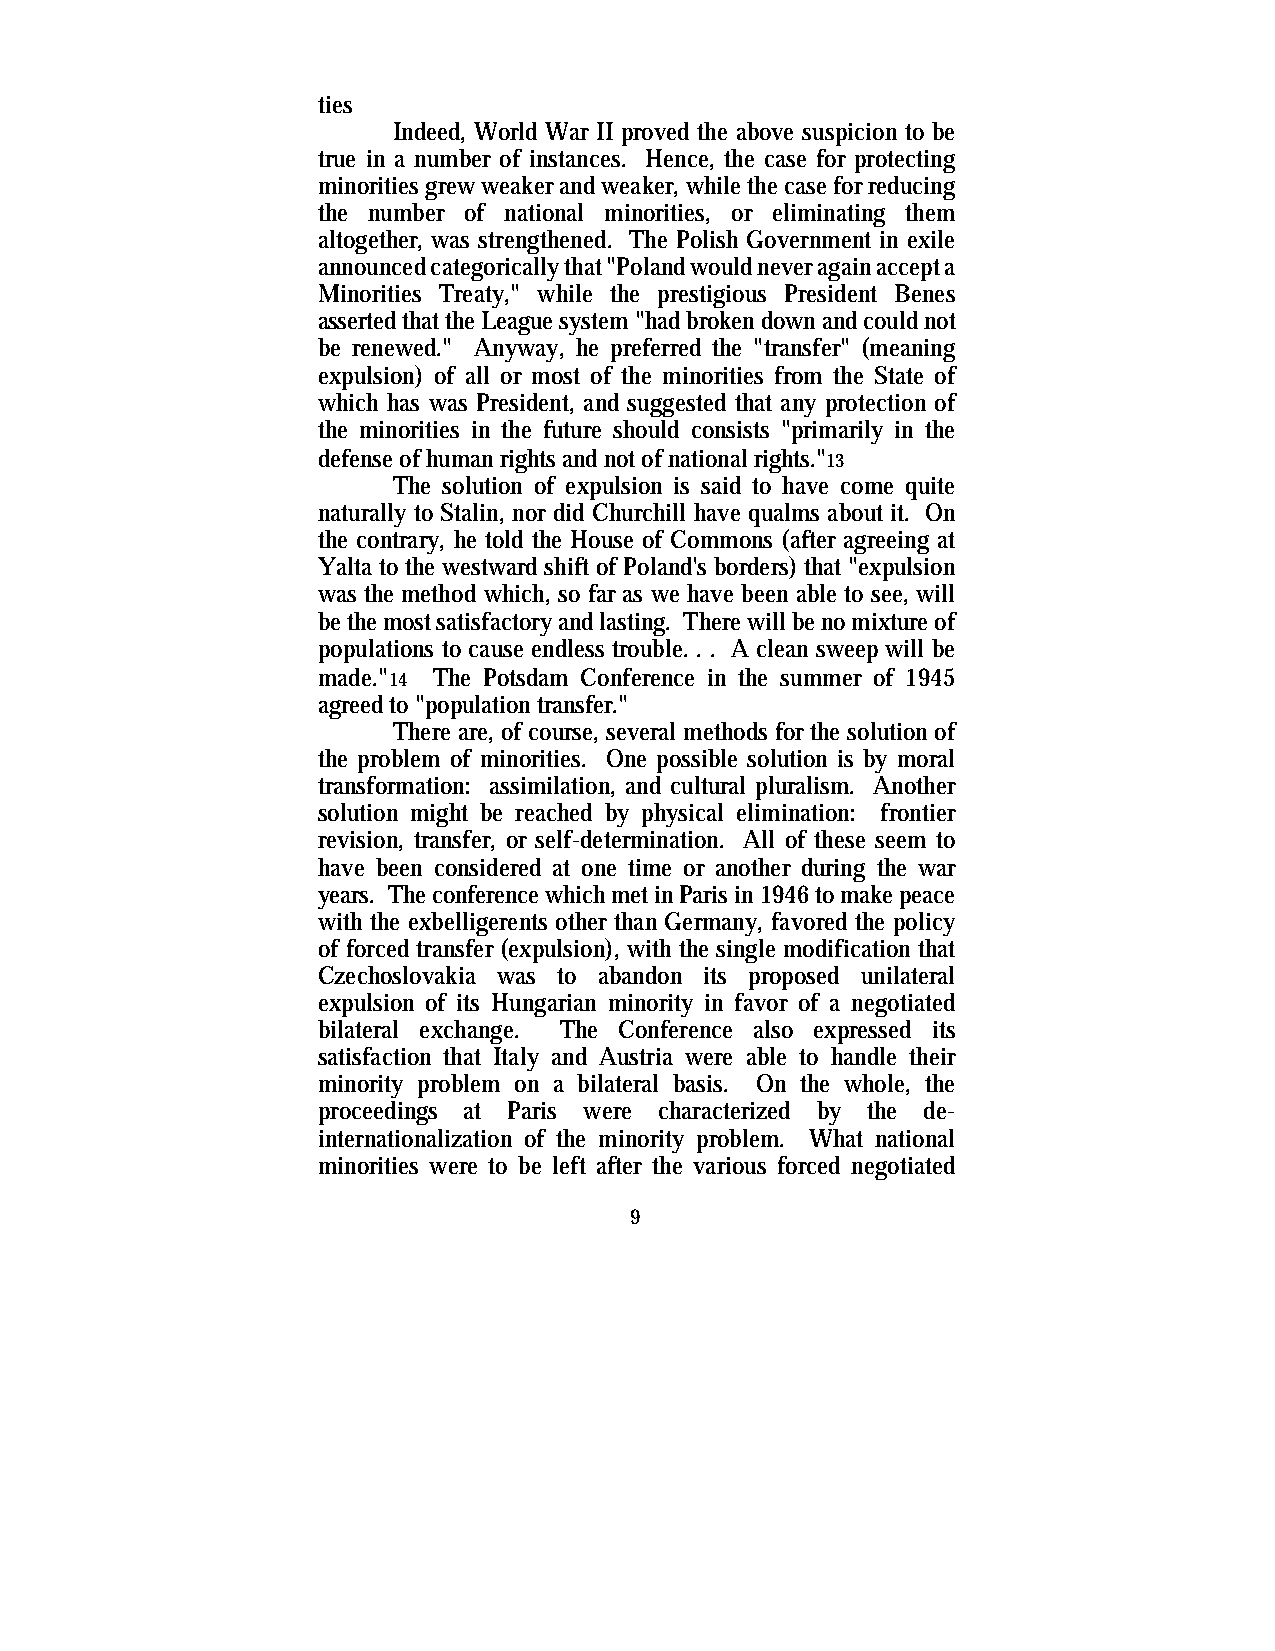
ties
 Indeed, World War II proved the above suspicion to be
 true in a number of instances. Hence, the case for protecting
 minorities grew weaker and weaker, while the case for reducing
 the number of national minorities, or eliminating them
 altogether, was strengthened. The Polish Government in exile
 announced categorically that "Poland would never again accept a
 Minorities Treaty," while the prestigious President Benes
 asserted that the League system "had broken down and could not
 be renewed." Anyway, he preferred the "transfer" (meaning
 expulsion) of all or most of the minorities from the State of
 which has was President, and suggested that any protection of
 the minorities in the future should consists "primarily in the
 defense of human rights and not of national rights."13
 The solution of expulsion is said to have come quite
 naturally to Stalin, nor did Churchill have qualms about it. On
 the contrary, he told the House of Commons (after agreeing at
 Yalta to the westward shift of Poland's borders) that "expulsion
 was the method which, so far as we have been able to see, will
 be the most satisfactory and lasting. There will be no mixture of
 populations to cause endless trouble. . . A clean sweep will be
 made."14 The Potsdam Conference in the summer of 1945
 agreed to "population transfer."
 There are, of course, several methods for the solution of
 the problem of minorities. One possible solution is by moral
 transformation: assimilation, and cultural pluralism. Another
 solution might be reached by physical elimination: frontier
 revision, transfer, or self-determination. All of these seem to
 have been considered at one time or another during the war
 years. The conference which met in Paris in 1946 to make peace
 with the exbelligerents other than Germany, favored the policy
 of forced transfer (expulsion), with the single modification that
 Czechoslovakia was to abandon its proposed unilateral
 expulsion of its Hungarian minority in favor of a negotiated
 bilateral exchange. The Conference also expressed its
 satisfaction that Italy and Austria were able to handle their
 minority problem on a bilateral basis. On the whole, the
 proceedings at Paris were characterized by the de-
 internationalization of the minority problem. What national
 minorities were to be left after the various forced negotiated
 9